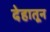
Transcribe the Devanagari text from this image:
देहातून